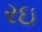
રઇ